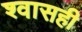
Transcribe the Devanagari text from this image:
श्‍वासही